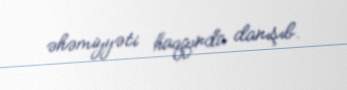
əhəmiyyəti haqqında danışıb.